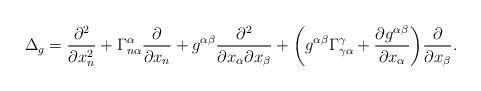
\begin{align*} \Delta_g & = \frac{\partial^2 }{\partial x_n^2} + \Gamma^\alpha_{n\alpha} \frac{\partial }{\partial x_n} + g^{\alpha\beta} \frac{\partial^2}{\partial x_\alpha\partial x_\beta} + \biggl( g^{\alpha\beta} \Gamma^\gamma_{\gamma\alpha} + \frac{\partial g^{\alpha\beta}}{\partial x_\alpha} \biggr) \frac{\partial }{\partial x_\beta}.\end{align*}